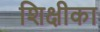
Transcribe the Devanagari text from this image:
शिक्षीका